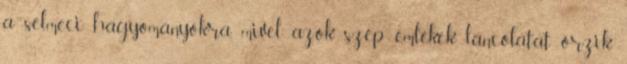
a selmeci hagyományokra, mivel azok szép emlékek láncolatát őrzik